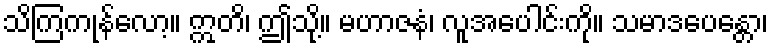
သိကြကုန်လော့။ ဣတိ၊ ဤသို့။ မဟာဇနံ၊ လူအပေါင်းကို။ သမာဒပေန္တော၊